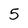
Character: 5